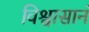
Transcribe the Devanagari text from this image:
विश्वासानं